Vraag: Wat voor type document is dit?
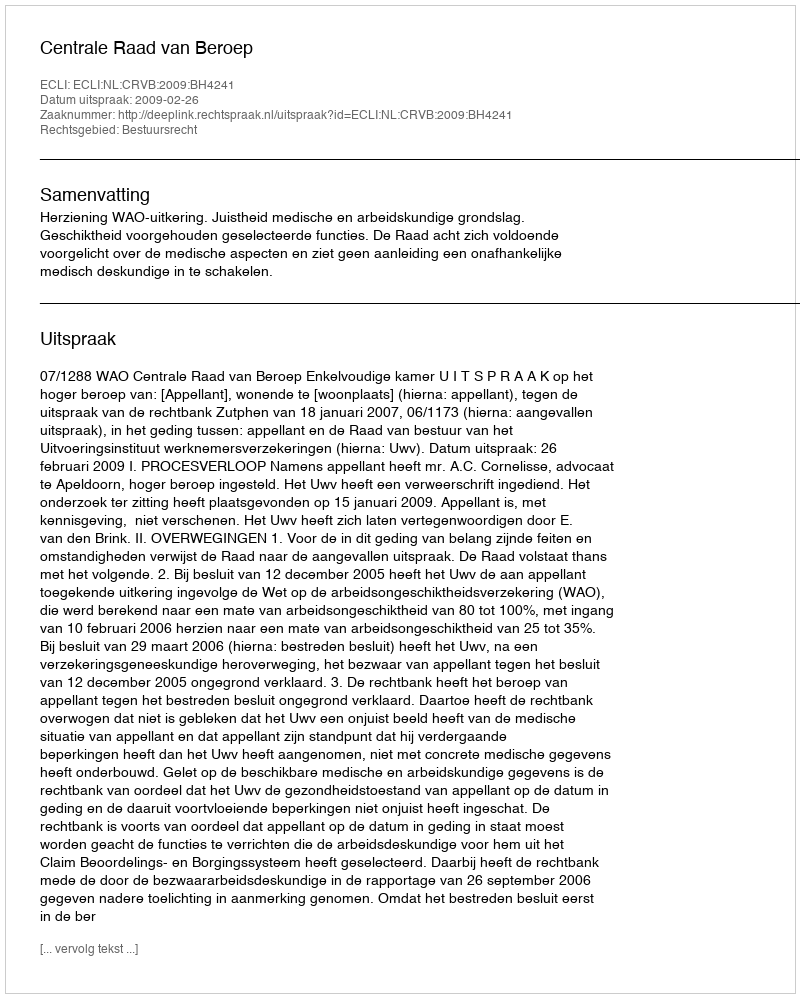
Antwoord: Uitspraak